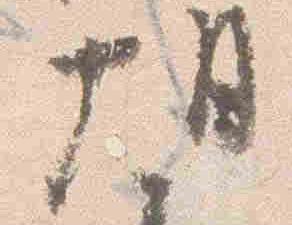
朝